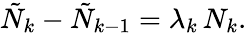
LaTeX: \tilde{N}_{k}-\tilde{N}_{k-1}=\lambda_{k}\, N_{k}.